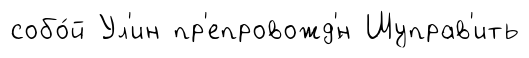
собо́й Ул'ин пр'епровожд'́н Шуправ'ить